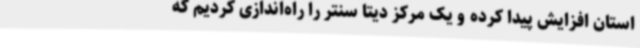
استان افزایش پیدا کرده و یک مرکز دیتا سنتر را راه‌اندازی کردیم که